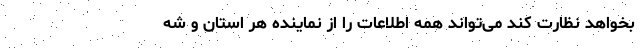
بخواهد نظارت کند می‌تواند همه اطلاعات را از نماینده هر استان و شه